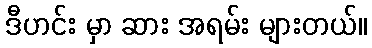
ဒီဟင်း မှာ ဆား အရမ်း များတယ်။